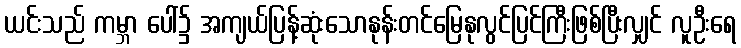
ယင်းသည် ကမ္ဘာ ပေါ်၌ အကျယ်ပြန့်ဆုံးသောနုန်းတင်မြေနုလွင်ပြင်ကြီးဖြစ်ပြီးလျှင် လူဦးရေ